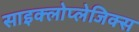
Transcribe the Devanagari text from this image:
साइक्लोप्लेजिक्स